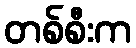
တစ်စီးက